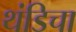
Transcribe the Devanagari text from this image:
थंडिचा